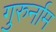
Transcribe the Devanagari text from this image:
गुरुर्नाम